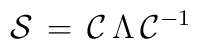
{\cal S}\, = \, {\cal C} \, \Lambda \, {\cal C}^{-1}